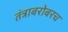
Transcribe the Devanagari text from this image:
तंत्राबरोबरच